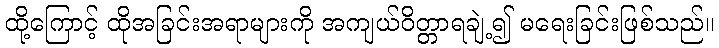
ထို့ကြောင့် ထိုအခြင်းအရာများကို အကျယ်ဝိတ္တာရချဲ့၍ မရေးခြင်းဖြစ်သည်။